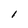
Character: l